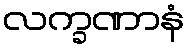
လက္ခဏာနံ